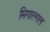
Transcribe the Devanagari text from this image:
मिगाल्गल